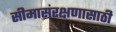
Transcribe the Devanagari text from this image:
सीमासंरक्षणासाठी